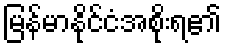
မြန်မာနိုင်ငံအစိုးရ၏